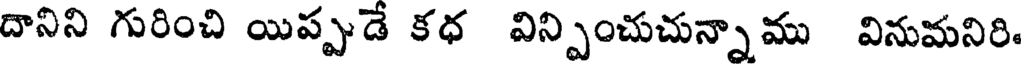
దానిని గురించి యిప్పుడే కధ విన్పించుచున్నాము వినుమనిరి.